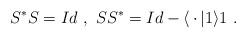
LaTeX: \begin{align*}S^*S=Id\ ,\ SS^*=Id - \langle \, \cdot \, | 1\rangle 1\ .\end{align*}